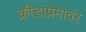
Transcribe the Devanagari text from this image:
क्रीडाप्रेमावर